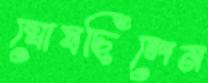
ঘোষছিলেন